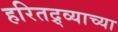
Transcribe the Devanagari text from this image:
हरितद्र्व्याच्या